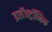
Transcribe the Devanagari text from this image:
इलॅक्ट्रॉनिक